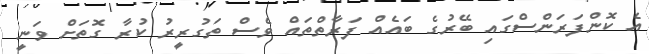
އެ ކޮންފަރަންސްގައި ބޭރުގެ ބައެއް ފަރާތްތައް ވެސް ތަގުރީރު ކުރާ ގޮތަށް ވަނީ